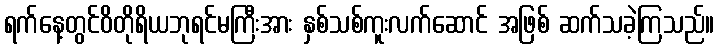
ရက်နေ့တွင်ဝိတိုရိယဘုရင်မကြီးအား နှစ်သစ်ကူးလက်ဆောင် အဖြစ် ဆက်သခဲ့ကြသည်။